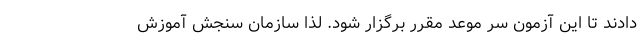
دادند تا این آزمون سر موعد مقرر برگزار شود. لذا سازمان سنجش آموزش